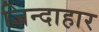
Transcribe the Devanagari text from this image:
जिन्दाहार